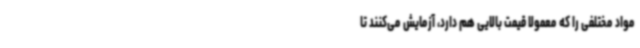
مواد مختلفی را که معمولاً قیمت بالایی هم دارد، آزمایش می‌کنند تا